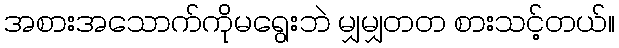
အစားအသောက်ကိုမရွေးဘဲ မျှမျှတတ စားသင့်တယ်။